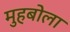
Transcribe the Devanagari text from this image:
मुहबोला